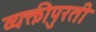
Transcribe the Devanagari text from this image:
व्यक्तीपुरती